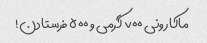
ماکارونی ۷۰۰ گرمی و ۵۰۰ فرستادن!